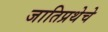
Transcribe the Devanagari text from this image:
जातिप्रथेचे